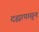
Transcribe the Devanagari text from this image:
दह्यापासुन